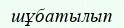
шұбатылып